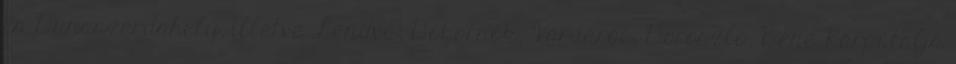
és Dunaszerdahely, illetve Lendva, Dobornok, Várdaróc, Doroszló, Bene Kárpátalja